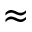
\approx